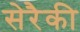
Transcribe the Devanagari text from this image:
सेरैकी